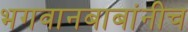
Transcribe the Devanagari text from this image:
भगवानबाबांनीच